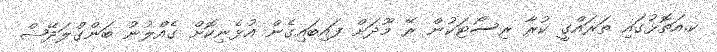
ކ.އަތޮޅުގައި ތަރައްގީ ކުރާ ރިސޯޓަކުން ރޭ މޫދަށް ފައިބައިގެން އުޅެނިކޮށް ގެއްލުނު ބަންގްލަދޭޝް